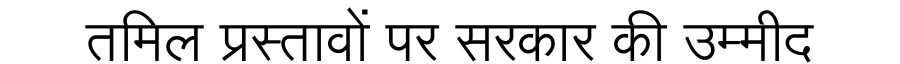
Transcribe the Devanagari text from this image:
तमिल प्रस्तावों पर सरकार की उम्मीद